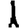
Digit: 1